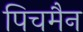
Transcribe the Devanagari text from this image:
पिचमैन